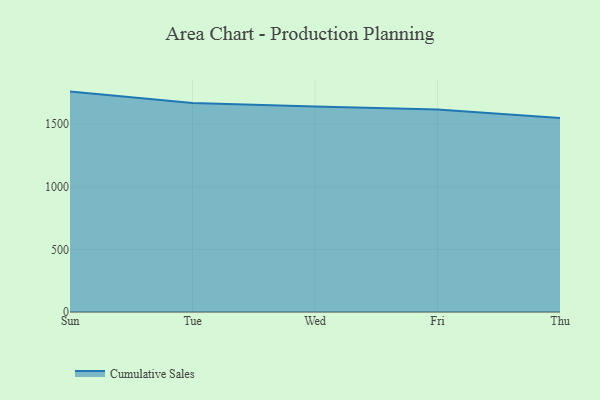
{"axis": {"x": "Day", "y": "Bounce Rate (%)"}, "legend": ["Cumulative Sales"], "data": [{"x": "Sun", "y": 1761.0, "type": "Cumulative Sales"}, {"x": "Tue", "y": 1669.3, "type": "Cumulative Sales"}, {"x": "Wed", "y": 1642.2, "type": "Cumulative Sales"}, {"x": "Fri", "y": 1617.2, "type": "Cumulative Sales"}, {"x": "Thu", "y": 1550.7, "type": "Cumulative Sales"}]}